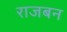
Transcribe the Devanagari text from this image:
राजबन